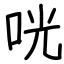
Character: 咣